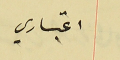
اعتباري